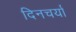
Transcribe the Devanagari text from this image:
दिनचर्यां